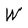
Character: W